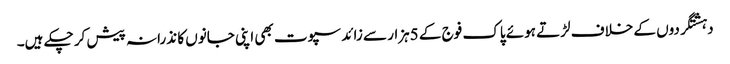
دہشتگردوں کے خلاف لڑتے ہوئے پاک فوج کے 5ہزار سے زائد سپوت بھی اپنی جانوں کا نذرانہ پیش کر چکے ہیں۔